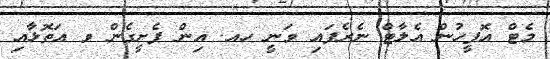
މެޓް އޮފީހުން އެލާޓް ނެރެފައި ވަނީ ހއ. އިން ފެށީގެން ވ އަތޮޅާއި